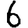
Digit: 6